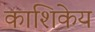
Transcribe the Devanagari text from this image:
काशिकेय